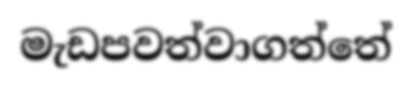
මැඩපවත්වාගත්තේ